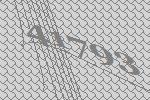
41793